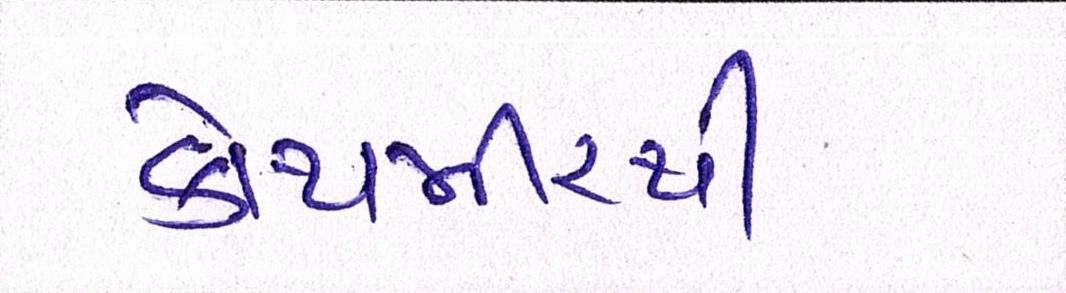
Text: કોથમીરથી